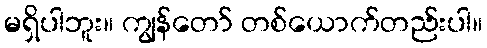
မရှိပါဘူး။ ကျွန်တော် တစ်ယောက်တည်းပါ။